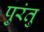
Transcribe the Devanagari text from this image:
पुरंतु